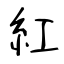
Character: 紅